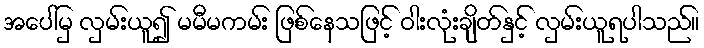
အပေါ်မှ လှမ်းယူ၍ မမီမကမ်း ဖြစ်နေသဖြင့် ဝါးလုံးချိတ်နှင့် လှမ်းယူရပါသည်။